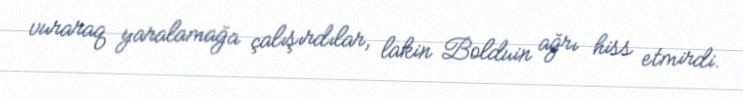
vuraraq yaralamağa çalışırdılar, lakin Bolduin ağrı hiss etmirdi.